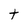
Character: t